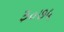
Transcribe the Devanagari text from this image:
३०७५